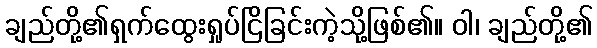
ချည်တို့၏ရှက်ထွေးရှုပ်ငြိခြင်းကဲ့သို့ဖြစ်၏။ ဝါ၊ ချည်တို့၏